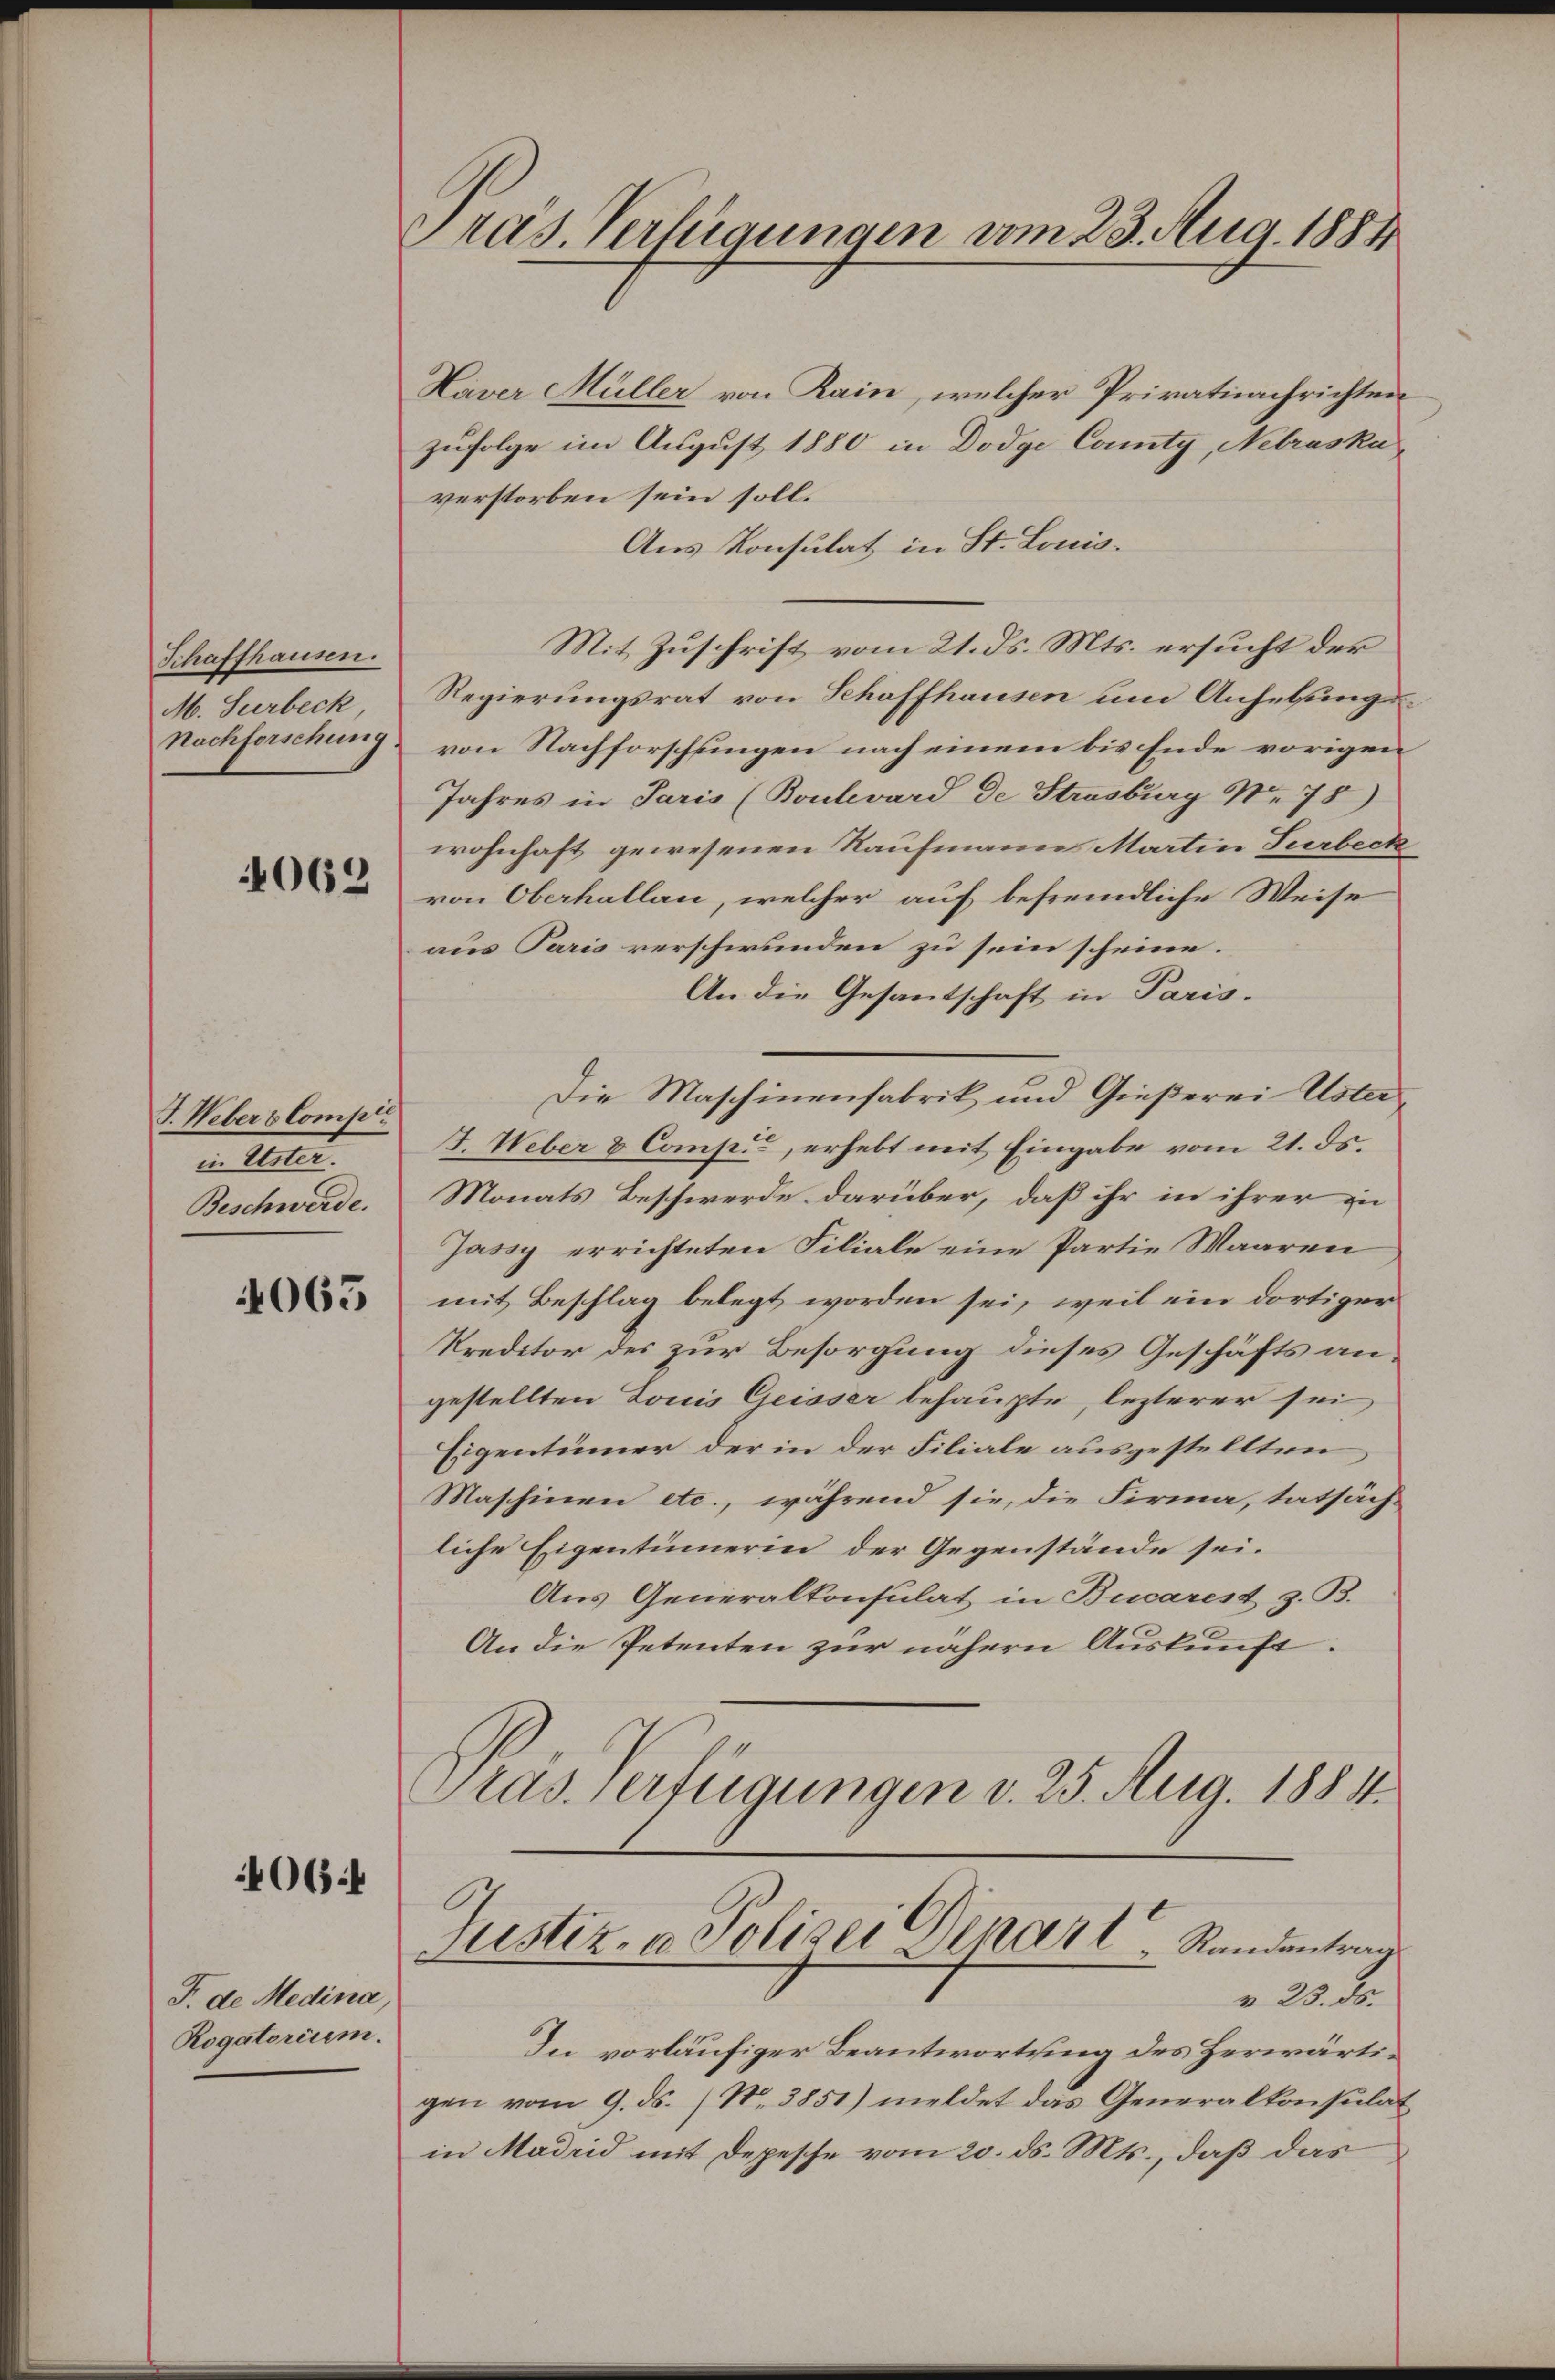
Schaffhausen.
M. Surbeck,
nachforschung

4069

J. Weber & Compte
d. III.
Beschwerde.

4065

4064

F. de Medina,
Rogatorium.

Präs. Verfügungen vom 23. Aug. 1884

Haver Müller von Kain, welcher Privatnachrichten
zufolge im August 1880 in Dodge County, Nebraska
verstorben sein soll.
Aus Konsulat in St. Louis.
Mit Zuschrift vom 21. ds. Mts. ersucht der
Regierungsrat von Schaffhausen und Ansetzungsvon Nachforschungen nach einem bis Ende vorigen
Jahres in Paris (Boulevard de Strasburg Nr. 78)
wohnhaft gewesenen Kaufmann Martin Surbeck
von Oberhallan, welcher auf befremdliche Weise
aus Paris verschwunden zu sein scheine.
An die Gesantschaft in Paris.
Die Maschinenfabrik und Gießerei Uster
J. Weber & Comp., erhebt mit Eingabe vom 21. ds.
Monats Beschwerde darüber, daß ihr in ihrer in
Jassy errichteten Filiale eine Partie Waaren
mit Beschlag belegt worden sei, weil ein dortiger
Kreditor des zur Besorgung dieses Geschäfts angestellten Louis Geisser behaupte, lezterer sei
Eigentümer der in der Filiale ausgestellten
Maschinen etc., während sie, die Firma, tatsäch-
liche Eigentümerin der Gegenstände sei.
Aus Generalkonsulat in Bucares z. B.
An die Petenten zur nähern Auskunft:
Pras. Verfügungen v. 25. Aug. 1884.

Justiz- & Polizei Genart Randentrag

v 28. ds.
In vorläufiger Beantwortung des Herwärtigen vom 9. ds. (N. 3851) meldet das Generalkonsulat
in Madrid mit Depesche vom 20. ds. Mts., daß das